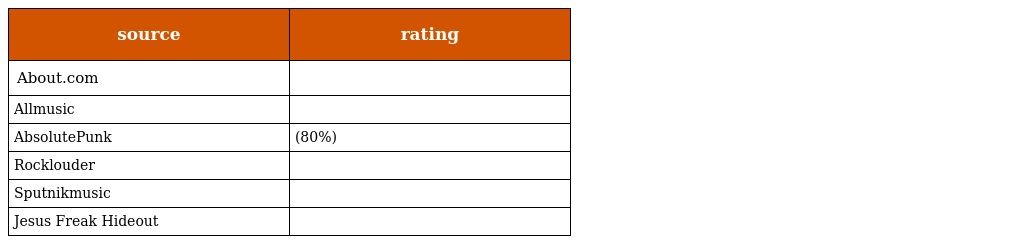
| source | rating |
 | --- | --- |
 | About.com |  |
 | Allmusic |  |
 | AbsolutePunk | (80%) |
 | Rocklouder |  |
 | Sputnikmusic |  |
 | Jesus Freak Hideout |  |